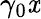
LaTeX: \gamma_{0}\mathit{x}